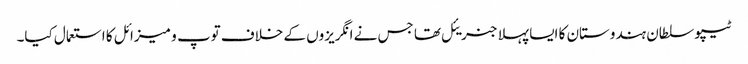
ٹیپو سلطان ہندوستان کا ایسا پہلا جنریئل تھا جس نے انگریزوں کے خلاف توپ و میزائل کا استعمال کیا۔